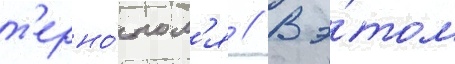
т'ерно́пол'я // В э́том